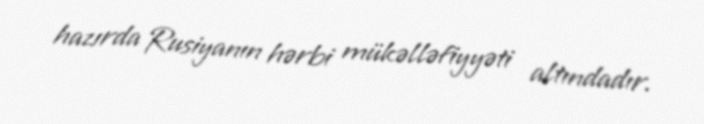
hazırda Rusiyanın hərbi mükəlləfiyyəti altındadır.